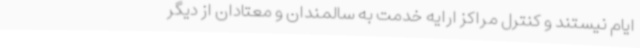
ایام نیستند و کنترل مراکز ارایه خدمت به سالمندان و معتادان از دیگر